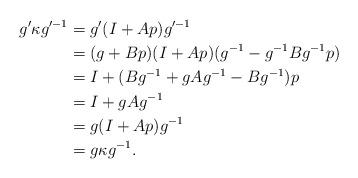
LaTeX: \begin{align*}g' \kappa g'^{-1} &= g'(I+Ap)g'^{-1} \\&= (g+Bp)(I+Ap) (g^{-1}-g^{-1}Bg^{-1} p) \\&= I + (Bg^{-1} + gAg^{-1} - Bg^{-1}) p \\&= I + gAg^{-1} \\&= g(I+Ap)g^{-1} \\&= g \kappa g^{-1}.\end{align*}